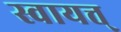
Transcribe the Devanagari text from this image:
स्वायत्त्